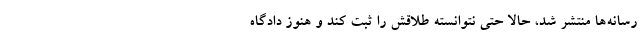
رسانه‌ها منتشر شد، ‌حالا حتی نتوانسته طلاقش را ثبت کند و هنوز دادگاه